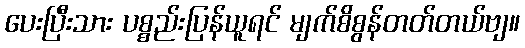
ပေးပြီးသား ပစ္စည်းပြန်ယူရင် မျက်စိစွန်တတ်တယ်ဗျ။